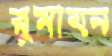
রুমায়ন